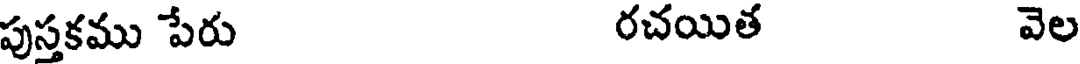
పుస్తకము పేరు రచయిత వెల